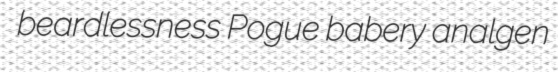
beardlessness Pogue babery analgen